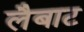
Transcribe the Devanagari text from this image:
लैबाट